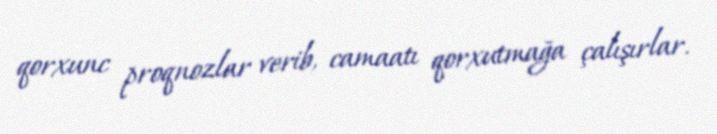
qorxunc proqnozlar verib, camaatı qorxutmağa çalışırlar.